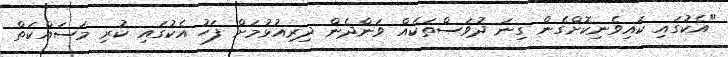
"އެކުގައި ކައިވެނިކޮށްގެން ގިނަ ދުވަސްތަކެއް ވަންދެން ދިރިއުޅުމަށް ފަހު އެކުގައި ކުރި މަސައްކަތް